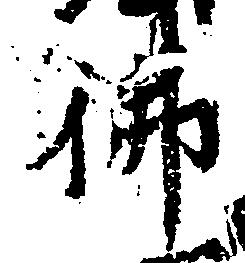
仏